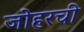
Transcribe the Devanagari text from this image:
जोहरची